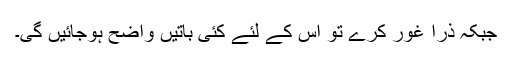
جبکہ ذرا غور کرے تو اس کے لئے کئی باتیں واضح ہوجائیں گی۔